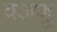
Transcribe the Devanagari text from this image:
वअणु